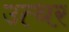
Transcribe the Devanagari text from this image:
उत्थर